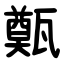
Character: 㽀